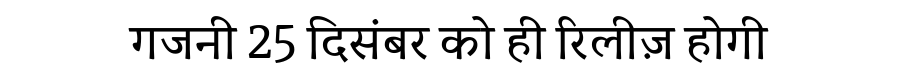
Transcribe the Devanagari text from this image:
गजनी 25 दिसंबर को ही रिलीज़ होगी